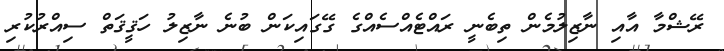
ރޭޝްމާ އާއި ނާޒިލުމެން ތިބެނީ ރައްޓެއްސެއްގެ ގޭގައިކަން ބުނެ ނާޒިލު ހަޤީޤަތް ސިއްރުކުރި